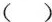
( )